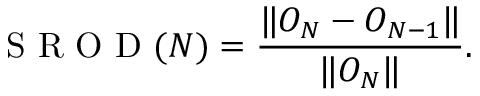
\mathrm { ~ S ~ R ~ O ~ D ~ } ( N ) = \frac { \| O _ { N } - O _ { N - 1 } \| } { \| O _ { N } \| } .